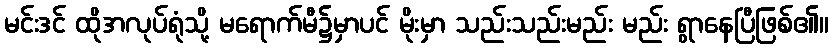
မင်းဒင် ထိုအလုပ်ရုံသို့ မရောက်မီ၌မှာပင် မိုးမှာ သည်းသည်းမည်း မည်း ရွာနေပြီဖြစ်၏။